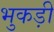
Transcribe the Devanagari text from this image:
भुकड़ी